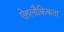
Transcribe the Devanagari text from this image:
ऐहलौकिकता